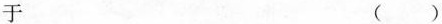
于（）